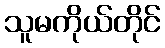
သူမကိုယ်တိုင်